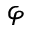
\varphi